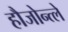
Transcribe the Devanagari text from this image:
हौजोन्त्ले